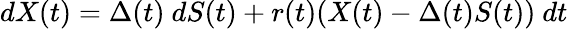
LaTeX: dX(t)=\Delta(t)\ dS(t)+r(t)(X(t)-\Delta(t)S(t))\ dt